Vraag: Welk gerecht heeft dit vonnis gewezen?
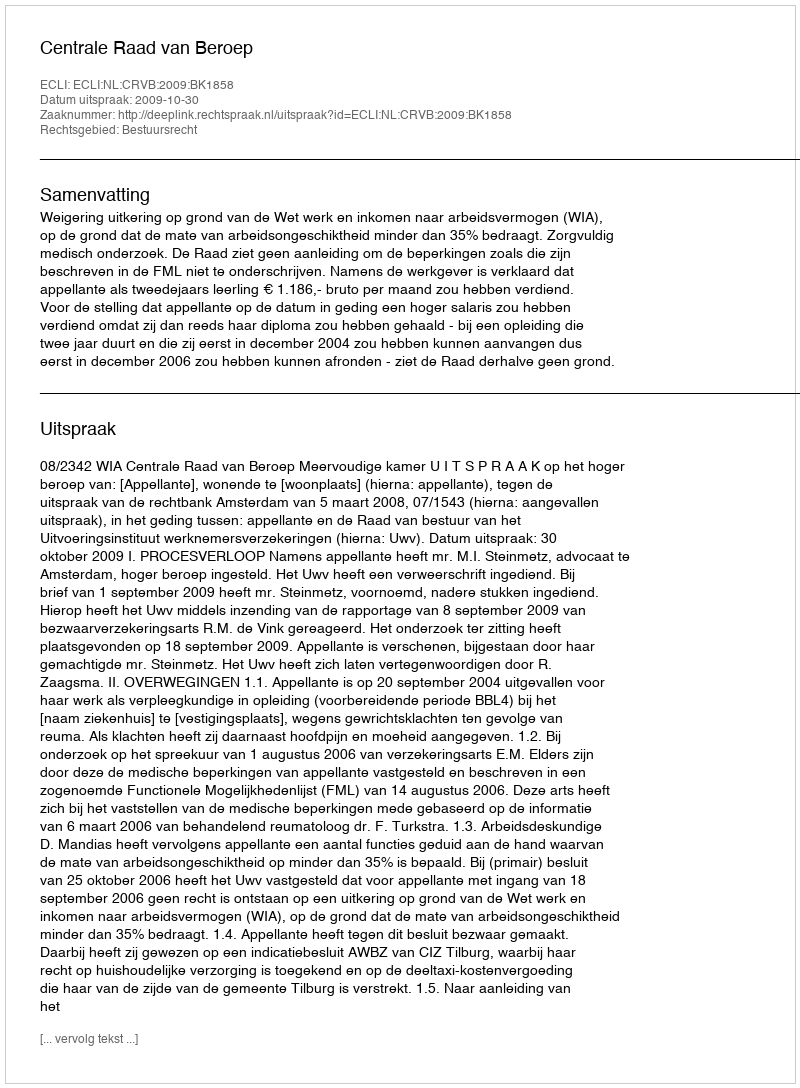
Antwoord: Centrale Raad van Beroep